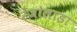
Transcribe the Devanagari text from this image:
रेजोलाडा